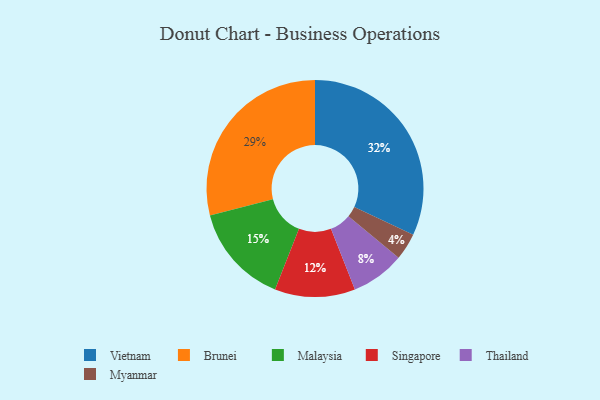
{"axis": {"x": "Category", "y": "Percentage"}, "legend": ["Brunei", "Malaysia", "Myanmar", "Singapore", "Thailand", "Vietnam"], "data": [{"x": "Thailand", "y": 8, "type": "Thailand"}, {"x": "Vietnam", "y": 32, "type": "Vietnam"}, {"x": "Malaysia", "y": 15, "type": "Malaysia"}, {"x": "Brunei", "y": 29, "type": "Brunei"}, {"x": "Myanmar", "y": 4, "type": "Myanmar"}, {"x": "Singapore", "y": 12, "type": "Singapore"}]}